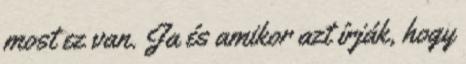
most ez van. Ja és amikor azt írják, hogy